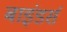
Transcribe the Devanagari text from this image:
बाइंडर्स